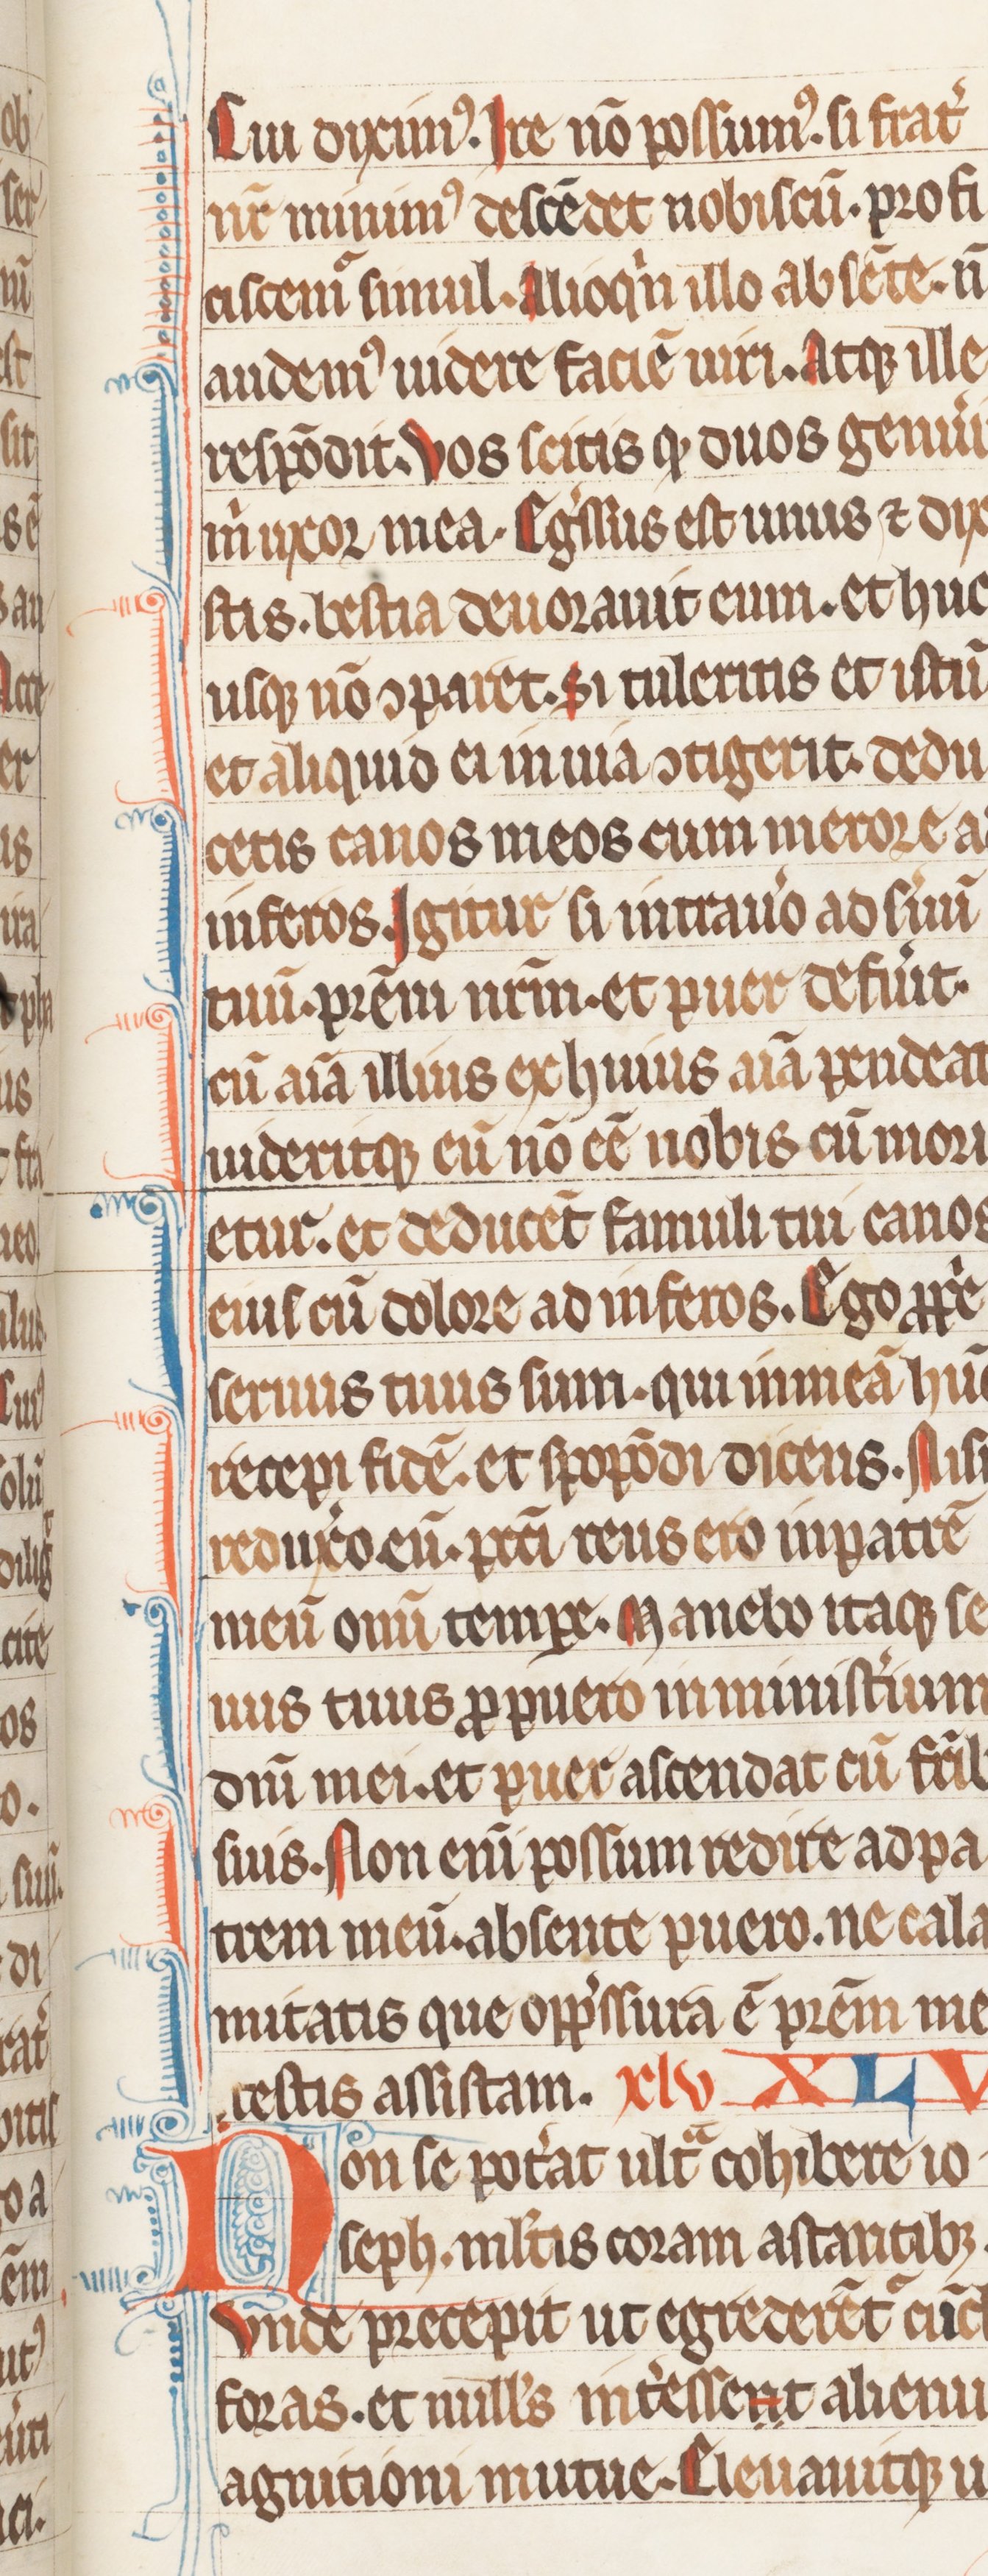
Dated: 1255–1285